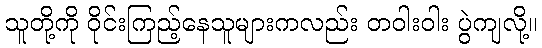
သူတို့ကို ဝိုင်းကြည့်နေသူများကလည်း တဝါးဝါး ပွဲကျလို့။